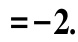
$=-2.$